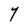
Character: Y